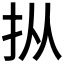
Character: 𪭢